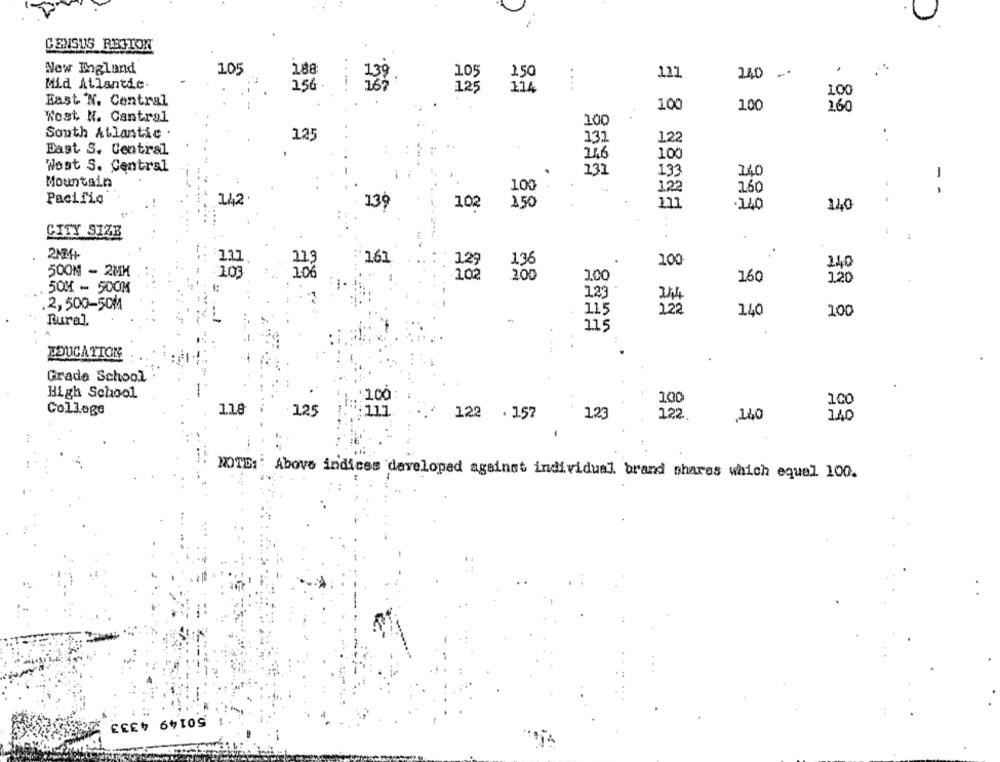
CENSUS RETION
New Ihgland
2.88
.
105
2,50
111
24,0
Mid Atlantic.
156
125
114
....
100
East N. Central
100
100
1,60
Wost N. Cantral
100
South Atlantic .
125
122
132
East S. Central
11.6
100
Wost S. Central
131
133
140
Mountain
100
122
160
- -
Pacific
142
102
150
111
140
139
140
CITY SIZE
.
2MM+
161
.
1.29
100
240
500M -2MM
102
200
100
160
120
50% - 500M
123
14
2,500-50M
222
140
100
115
Rural.
115
POUCA TION
Grade School
High School
1.00
100
College
118
125
122 . 157
1.23
122
140
NOTE:' Above indices developed against individual brand shares which equal 100.
50149 4333